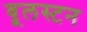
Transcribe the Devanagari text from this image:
वूलस्टन